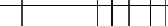
١